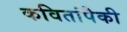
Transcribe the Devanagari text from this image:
कवितांपैकी